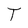
Character: T